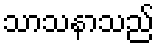
သာသနာသည်